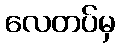
လေတပ်မှ